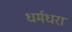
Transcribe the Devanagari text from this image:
धर्मधरा